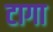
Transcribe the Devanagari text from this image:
टागा